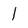
Character: l